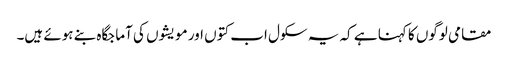
مقامی لوگوں کا کہنا ہے کہ یہ سکول اب کتوں اور مویشوں کی آماجگاہ بنے ہوئے ہیں۔